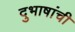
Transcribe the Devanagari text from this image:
दुभाषांची